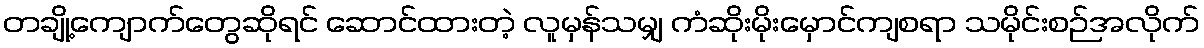
တချို့ကျောက်တွေဆိုရင် ဆောင်ထားတဲ့ လူမှန်သမျှ ကံဆိုးမိုးမှောင်ကျစရာ သမိုင်းစဉ်အလိုက်